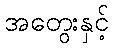
အတွေးနှင့်